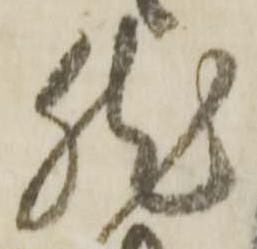
然